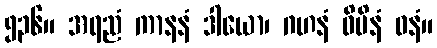
၅၃၆။ အရညံ ကာနနံ ဒါယော၊ ဂဟနံ ဝိပိနံ ဝနံ။